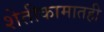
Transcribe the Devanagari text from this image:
शेतीकामातही